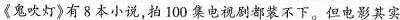
《鬼吹灯》有8本小说拍100集电视剧都装不下，但电影其实